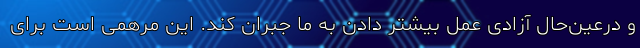
و درعین‌حال آزادی عمل بیشتر دادن به ما جبران کند. این مرهمی است برای